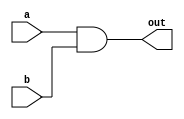
module top_module( 
    input a, 
    input b, 
    output out );
    and and1 (out,a,b);
endmodule